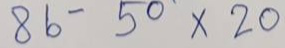
86 - 50 x 20